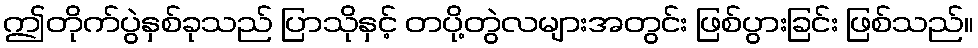
ဤတိုက်ပွဲနှစ်ခုသည် ပြာသိုနှင့် တပို့တွဲလများအတွင်း ဖြစ်ပွားခြင်း ဖြစ်သည်။